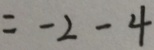
= - 2 - 4